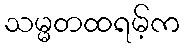
သမ္မတထရမ့်က